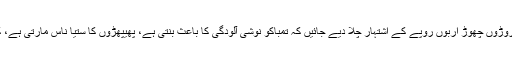
فضا میں آلودگی کی شرح خطرناک حدوں کو عبور کر چکی ہو، وہاں کروڑوں چھوڑ اربوں روپے کے اشتہار چلا دیے جائیں کہ تمباکو نوشی آلودگی کا باعث بنتی ہے، پھیپھڑوں کا ستیا ناس مارتی ہے، کینسر کرتی ہے اس سے بچیں، وہاں یہ اشتہار کوئی معنی نہیں رکھتے۔